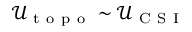
\mathcal { U } _ { \mathrm { ~ t ~ o ~ p ~ o ~ } } \sim \mathcal { U } _ { \mathrm { ~ C ~ S ~ I ~ } }